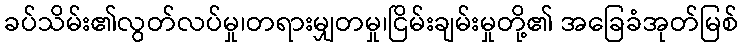
ခပ်သိမ်း၏လွတ်လပ်မှု၊တရားမျှတမှု၊ငြိမ်းချမ်းမှုတို့၏ အခြေခံအုတ်မြစ်